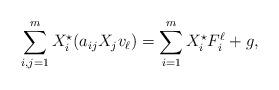
LaTeX: \begin{align*}\sum_{i,j=1}^m X_{i}^\star( a_{ij} X_j v_\ell) = \sum_{i=1}^m X_{i}^\star F_i^\ell + g,\end{align*}